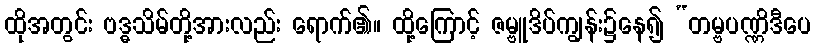
ထိုအတွင်း ဗဒ္ဓသိမ်တို့အားလည်း ရောက်၏။ ထို့ကြောင့် ဇမ္ဗူဒိပ်ကျွန်း၌နေ၍ “တမ္ဗပဏ္ဏိဒီပေ